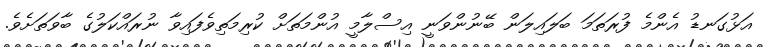
އަޅުގަނޑު އެންމެ ފުރަތަމަ ބަލައިލަން ބޭނުންވަނީ އިސްލާމީ އުންމަތަށް ކުރިމަތިވެފައިވާ ނުރައްކަލުގެ ބާވަތަށެވެ.